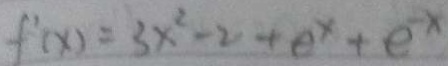
f ^ { \prime } ( x ) = 3 x ^ { 2 } - 2 0 + e ^ { x } + e ^ { - x }